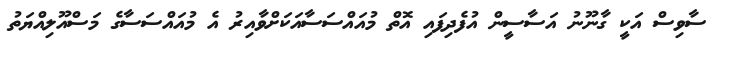
ސާވިސް އަކީ ގާނޫނު އަސާސީން އުފެދިފައި އޮތް މުއައްސަސާއަކަށްވާއިރު އެ މުއައްސަސާގެ މަސްއޫލިއްޔަތު